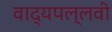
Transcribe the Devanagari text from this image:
वाद्यपल्लवी